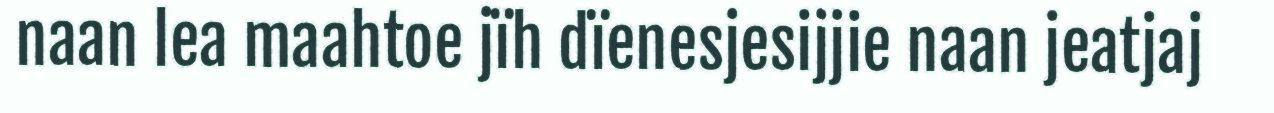
naan lea maahtoe jïh dïenesjesijjie naan jeatjaj